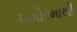
ખમીરમાથી